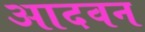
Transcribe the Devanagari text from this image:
आदवन